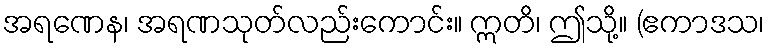
အရဏေန၊ အရဏသုတ်လည်းကောင်း။ ဣတိ၊ ဤသို့။ (ဧကာဒသ၊